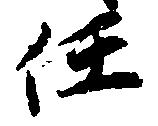
任